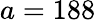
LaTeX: a=188